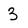
Character: 3